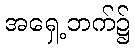
အရှေ့ဘက်၌